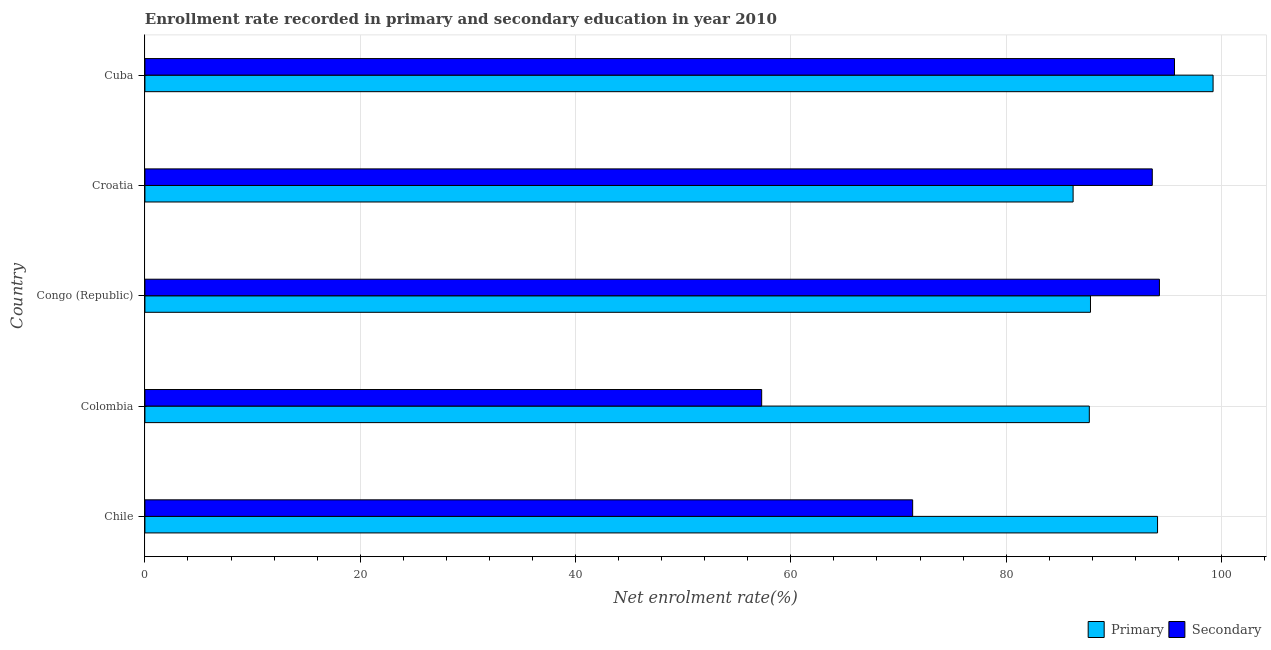
| Country | Primary | Secondary |
 | --- | --- | --- |
 | Chile | 94.1 | 71.3 |
 | Colombia | 87.7 | 57.3 |
 | Congo (Republic) | 87.8 | 94.2 |
 | Croatia | 86.2 | 93.6 |
 | Cuba | 99.2 | 95.6 |